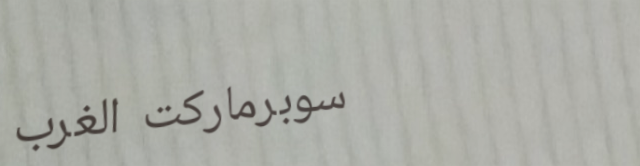
سوبرماركت الغرب